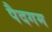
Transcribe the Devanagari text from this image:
पैदगम